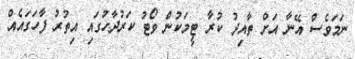
ނަމަވެސް އޭނާ އަށް ތާއިދު ކުރާ ޓީމަކުން ވޯޓު ކަރުދާހުގައި އިތުރު ފާހަގައެއް